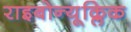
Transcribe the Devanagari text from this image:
राइबोन्यूक्लिक